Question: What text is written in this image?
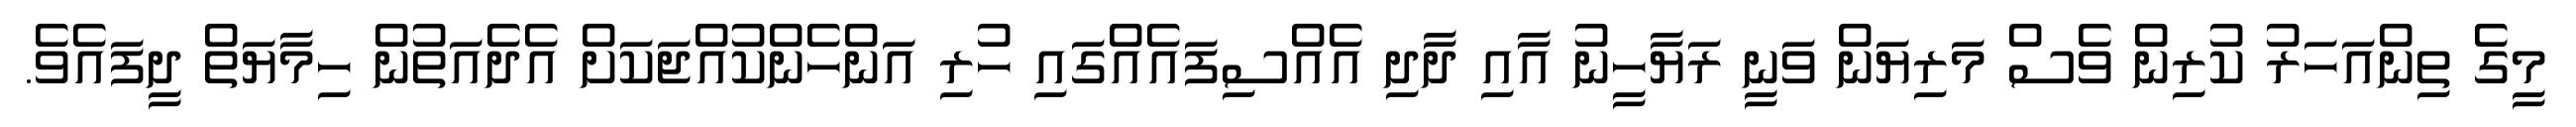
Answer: މީގެ ތިންއަހަރު ކުރިން ވެސް މަރިޔަން ވަނީ ރަޔާހީނު އާއި ދާދި އެއްސިފައެއްގައި ހުރި އަންހެންކުއްޖަކަށް އެދެއަތުން ހިމާޔަތް ދީފައެވެ.